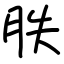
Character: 胅